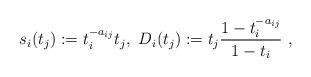
LaTeX: \begin{align*}s_i(t_j):=t_i^{-a_{ij}}t_j,~D_i(t_j):=t_j\frac{1-t_i^{-a_{ij}}}{1-t_i}\ , \end{align*}